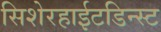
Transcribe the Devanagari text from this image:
सिशेरहाईटडिन्स्ट